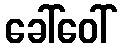
ခေါ်ဝေါ်